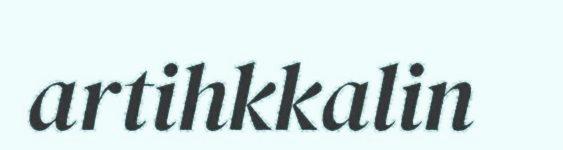
artihkkalin